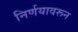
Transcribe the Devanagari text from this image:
निर्णयावरून